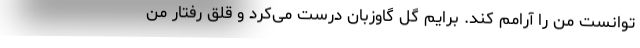
توانست من را آرامم کند. برایم گل گاوزبان درست می‌کرد و قلق رفتار من